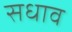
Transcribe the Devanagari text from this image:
सधाव